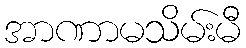
အာဏာမသိမ်းမီ